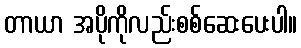
တာယာ အပိုကိုလည်းစစ်ဆေးပေးပါ။